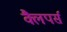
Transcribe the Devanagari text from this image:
क्लैपर्स